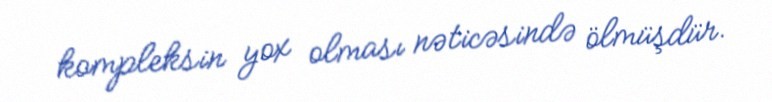
kompleksin yox olması nəticəsində ölmüşdür.